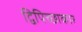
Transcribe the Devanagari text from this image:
द्विपिच्छाकार